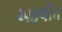
અફલીત